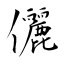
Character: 儷